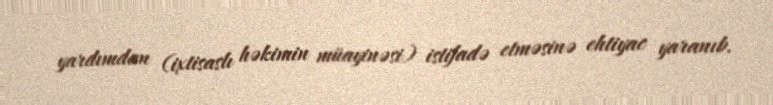
yardımdan (ixtisaslı həkimin müayinəsi) istifadə etməsinə ehtiyac yaranıb.